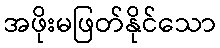
အဖိုးမဖြတ်နိုင်သော